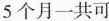
5个月一共可